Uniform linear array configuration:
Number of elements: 4
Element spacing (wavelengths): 0.5
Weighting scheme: kaiser
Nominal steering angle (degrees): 0
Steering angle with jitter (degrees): -0.9532
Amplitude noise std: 0.05
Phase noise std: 0.05

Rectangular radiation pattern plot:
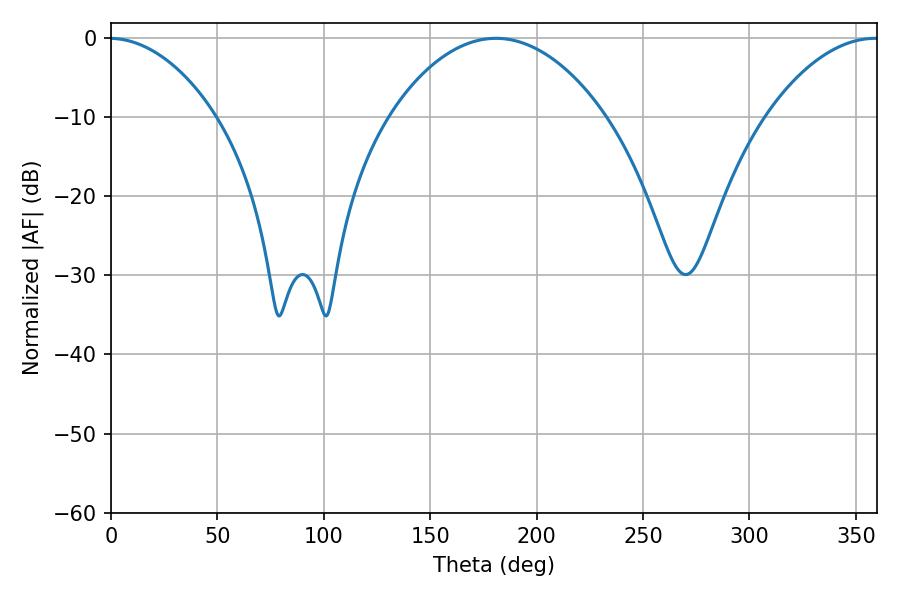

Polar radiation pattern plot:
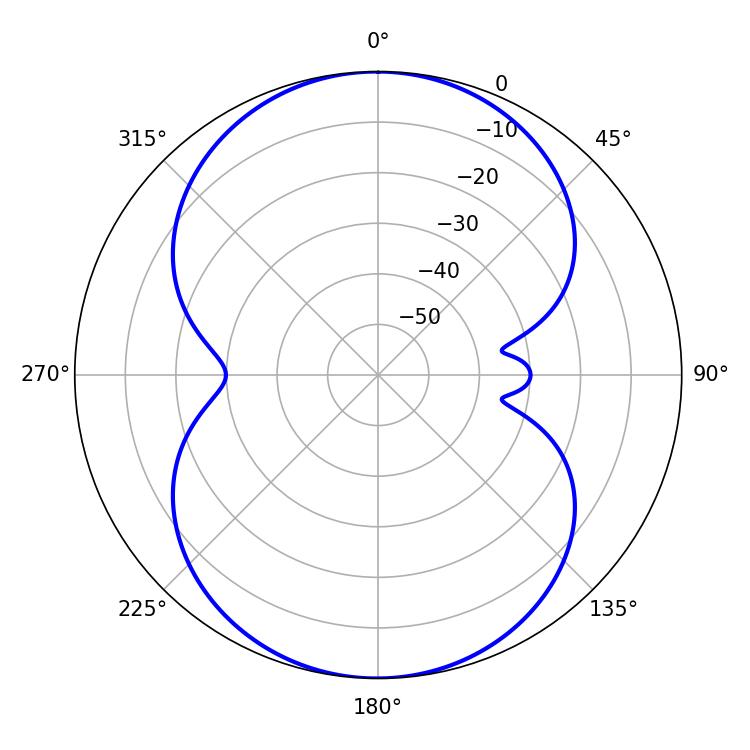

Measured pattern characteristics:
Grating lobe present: FALSE
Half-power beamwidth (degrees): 56.88
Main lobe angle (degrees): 180.9